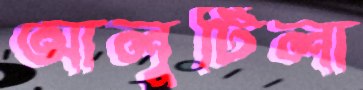
আলুটিলা